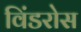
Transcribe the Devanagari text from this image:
विंडरोस